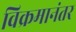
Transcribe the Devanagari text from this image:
विक्रमानंतर